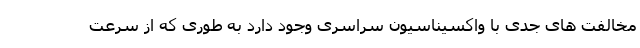
مخالفت های جدی با واکسیناسیون سراسری وجود دارد به طوری که از سرعت